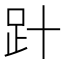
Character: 𧾽